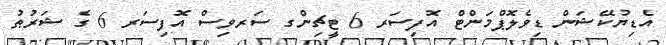
އެޑިޔުކޭޝަން ޑިވެލޮޕްމަންޓް އޮފިސަރ 6 ޓީޗިންގ ސަރވިސް އޮފިސަރ 6 ގެ ޝަރުޠު